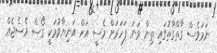
ނަމަވެސް ގާތްގާތުގައި ތިން ވަނަ ފަހަރަށް މެސީ އަށް އަނިޔާވުމަކީ ގޯސް މެސެޖެއް